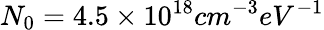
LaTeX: N_{0}=4.5\times 10^{18}cm^{-3}eV^{-1}